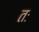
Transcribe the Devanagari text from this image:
तः